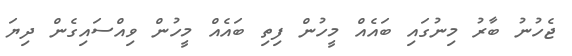
ޖެހުނު ބާރު މިނުގައި ބައެއް މީހުން ފިތި ބައެއް މީހުން ވިއްސައިގެން ދިޔަ